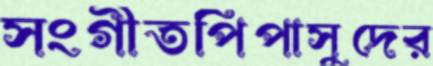
সংগীতপিপাসুদের